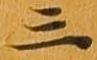
三